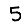
Digit: 5